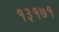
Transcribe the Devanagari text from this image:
१३१७१